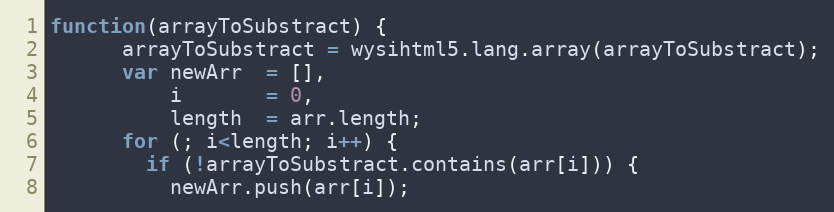
Language: JavaScript
function(arrayToSubstract) {
      arrayToSubstract = wysihtml5.lang.array(arrayToSubstract);
      var newArr  = [],
          i       = 0,
          length  = arr.length;
      for (; i<length; i++) {
        if (!arrayToSubstract.contains(arr[i])) {
          newArr.push(arr[i]);